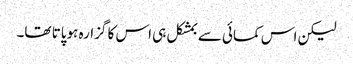
لیکن اس کمائی سے بمشکل ہی اس کا گزارہ ہوپاتا تھا۔